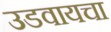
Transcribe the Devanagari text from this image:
उडवायचा